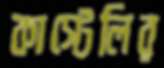
কাস্টেলির